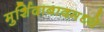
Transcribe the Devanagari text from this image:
मुर्शिदाबादमध्ये